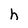
Character: h